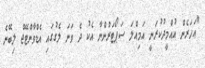
"އަހަރެން އުއްމީދުކުރަނީ އަމިއްލަ ސަޕޯޓަރުންނާ އެކު ދެ ވަނަ ލެގުގައި އެޑްވާންޓޭޖް ލިބޭނެ